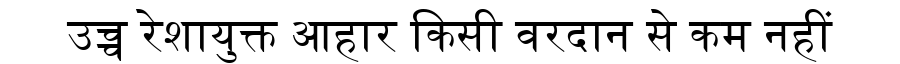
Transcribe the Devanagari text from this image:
उच्च रेशायुक्त आहार किसी वरदान से कम नहीं